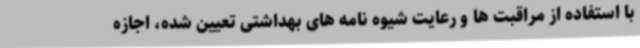
با استفاده از مراقبت ها و رعایت شیوه نامه های بهداشتی تعیین شده، اجازه